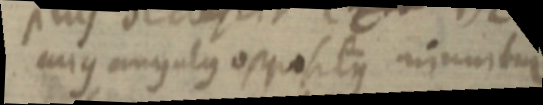
cujus angulus oppositus minnutur